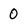
Character: 0